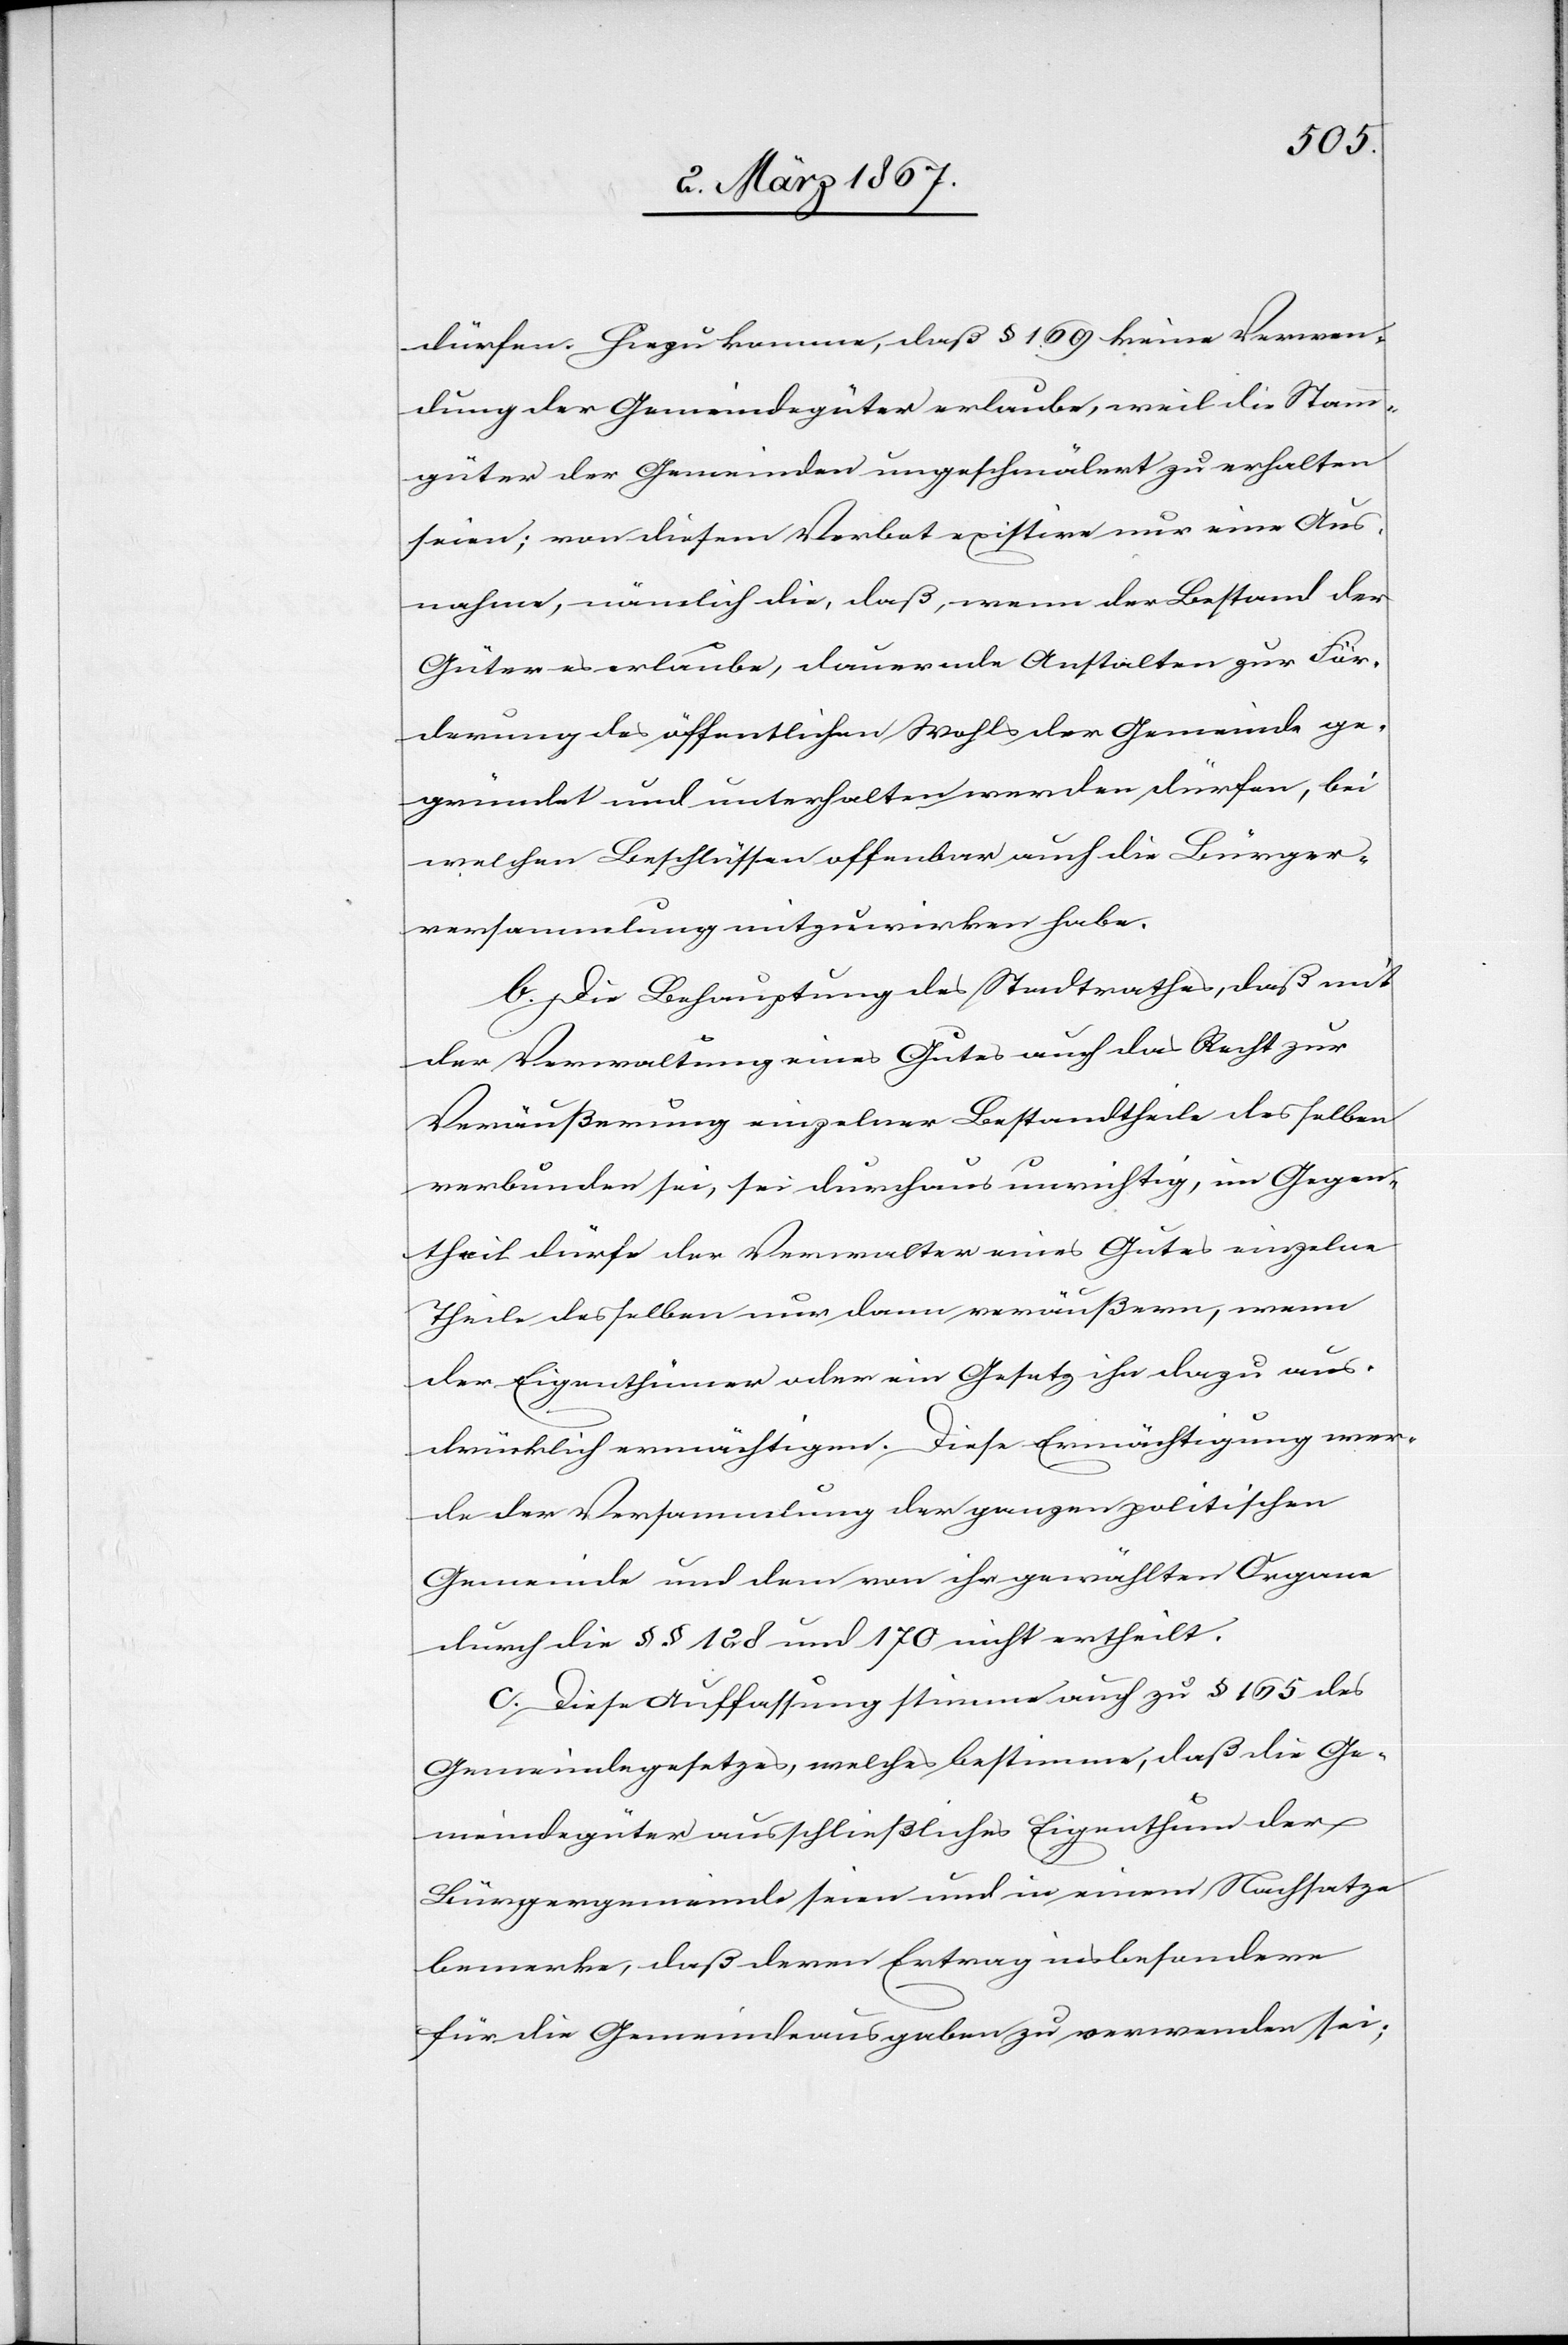
dürfen. Hiezu komme, daß § 169 keine Verwen¬
dung der Gemeindegüter erlaube, weil die Stamm¬
güter der Gemeinden ungeschmälert zu erhalten
seien; von diesem Verbot existire nur eine Aus¬
nahme, nämlich die, daß, wenn der Bestand der
Güter es erlaube, dauernde Anstalten zur För¬
derung des öffentlichen Wohls der Gemeinde ge¬
gründet und unterhalten werden dürfen, bei
welchen Beschlüssen offenbar auch die Bürger¬
versammlung mitzuwirken habe.
b. Die Behauptung des Stadtrathes, daß mit
der Verwaltung eines Gutes auch das Recht zur
Veräußerung einzelner Bestandtheile desselben
verbunden sei, sei durchaus unrichtig, im Gegen¬
theil dürfe der Verwalter eines Gutes einzelne
Theile desselben nur dann veräußern, wenn
der Eigenthümer oder ein Gesetz ihn dazu aus¬
drücklich ermächtigen. Diese Ermächtigung wer¬
de der Versammlung der ganzen politischen
Gemeinde und dem von ihr gewählten Organe
durch die §§ 128 und 170 nicht ertheilt.
c. Diese Auffassung stimme auch zu § 165 des
Gemeindegesetzes, welches bestimme, daß die Ge¬
meindegüter ausschließliches Eigenthum der
Bürgergemeinde seien und in einem Nachsatze
bemerke, daß deren Ertrag insbesondere
für die Gemeindeausgaben zu verwenden sei;